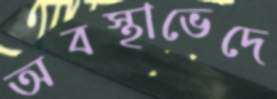
অবস্থাভেদে